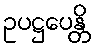
ဥပဋ္ဌပေန္တိ